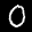
Label: 0